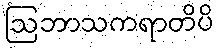
ဩဘာသကရာတိပိ